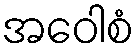
အဝေါစံ